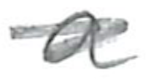
Text: a
Cross-out: scratch
Writing tool: pencil